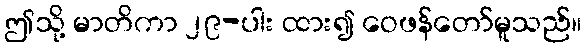
ဤသို့ မာတိကာ ၂၉-ပါး ထား၍ ဝေဖန်တော်မူသည်။